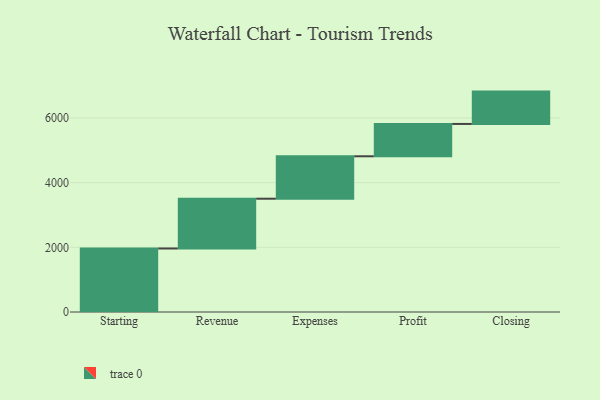
{"axis": {"x": "Step", "y": "Value"}, "legend": [""], "data": [{"x": "Starting", "y": 1964.0, "type": ""}, {"x": "Revenue", "y": 1539.0, "type": ""}, {"x": "Expenses", "y": 1312.0, "type": ""}, {"x": "Profit", "y": 1000, "type": ""}, {"x": "Closing", "y": 1000, "type": ""}]}